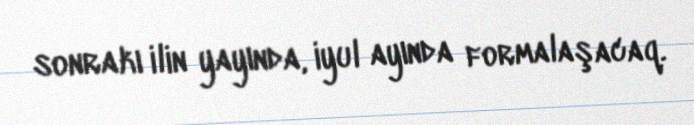
sonrakı ilin yayında, iyul ayında formalaşacaq.